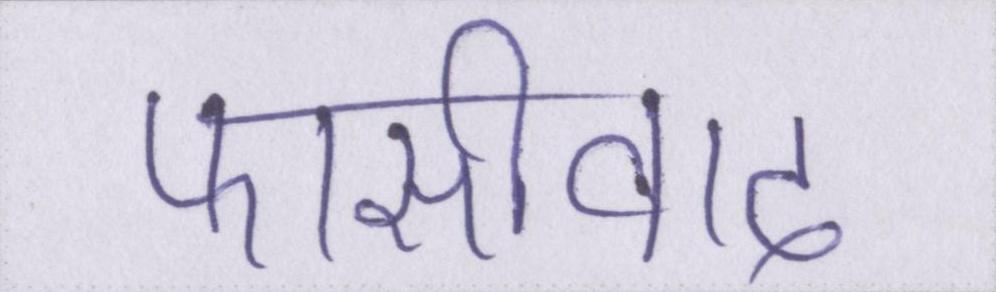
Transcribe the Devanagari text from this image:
फासीवाद